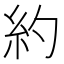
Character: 約